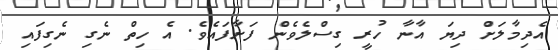
އެދިމާލަށް ދިޔަ އާނާ ހުރީ ގިސްލެވެން ފަށާފައެވެ. އެ ހިތް ނެގި ނެގިފައި